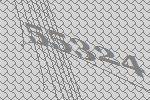
55324